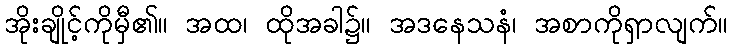
အိုးချိုင့်ကိုမှီ၏။ အထ၊ ထိုအခါ၌။ အဒနေသနံ၊ အစာကိုရှာလျက်။